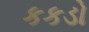
કકડો